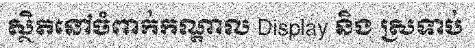
ស្ថិតនៅចំពាក់កណ្តាល Display និង ស្រទាប់